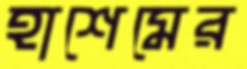
হাশেমের